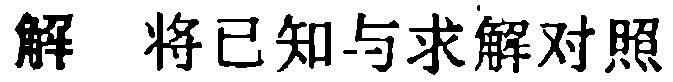
解 将已知与求解对照